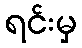
ရင်းမှ